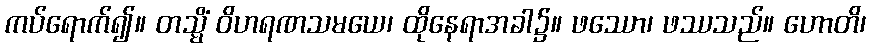
ကပ်ရောက်၍။ တသ္မိံ ဝိဟရဏသမယေ၊ ထိုနေရာအခါ၌။ ဖဿော၊ ဖဿသည်။ ဟောတိ၊